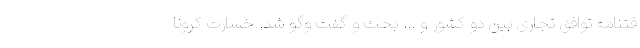
قتنامه توافق تجاری بین دو کشور و ... بحث و گفت وگو شد. خسارت کرونا